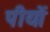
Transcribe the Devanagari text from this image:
पीयों